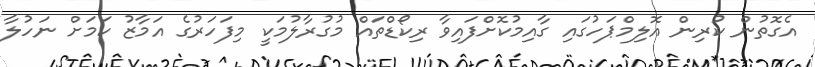
އެގޮތުން ކުރިން އޮލިމްޕަހުގައި ގާއިމުކޮށްފައިވާ ރިކޯޑްތައް މުގުރާލުމަކީ މިފަހަރުގެ އަމާޒު ކަމަށް ނަހުލާ